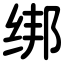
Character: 绑